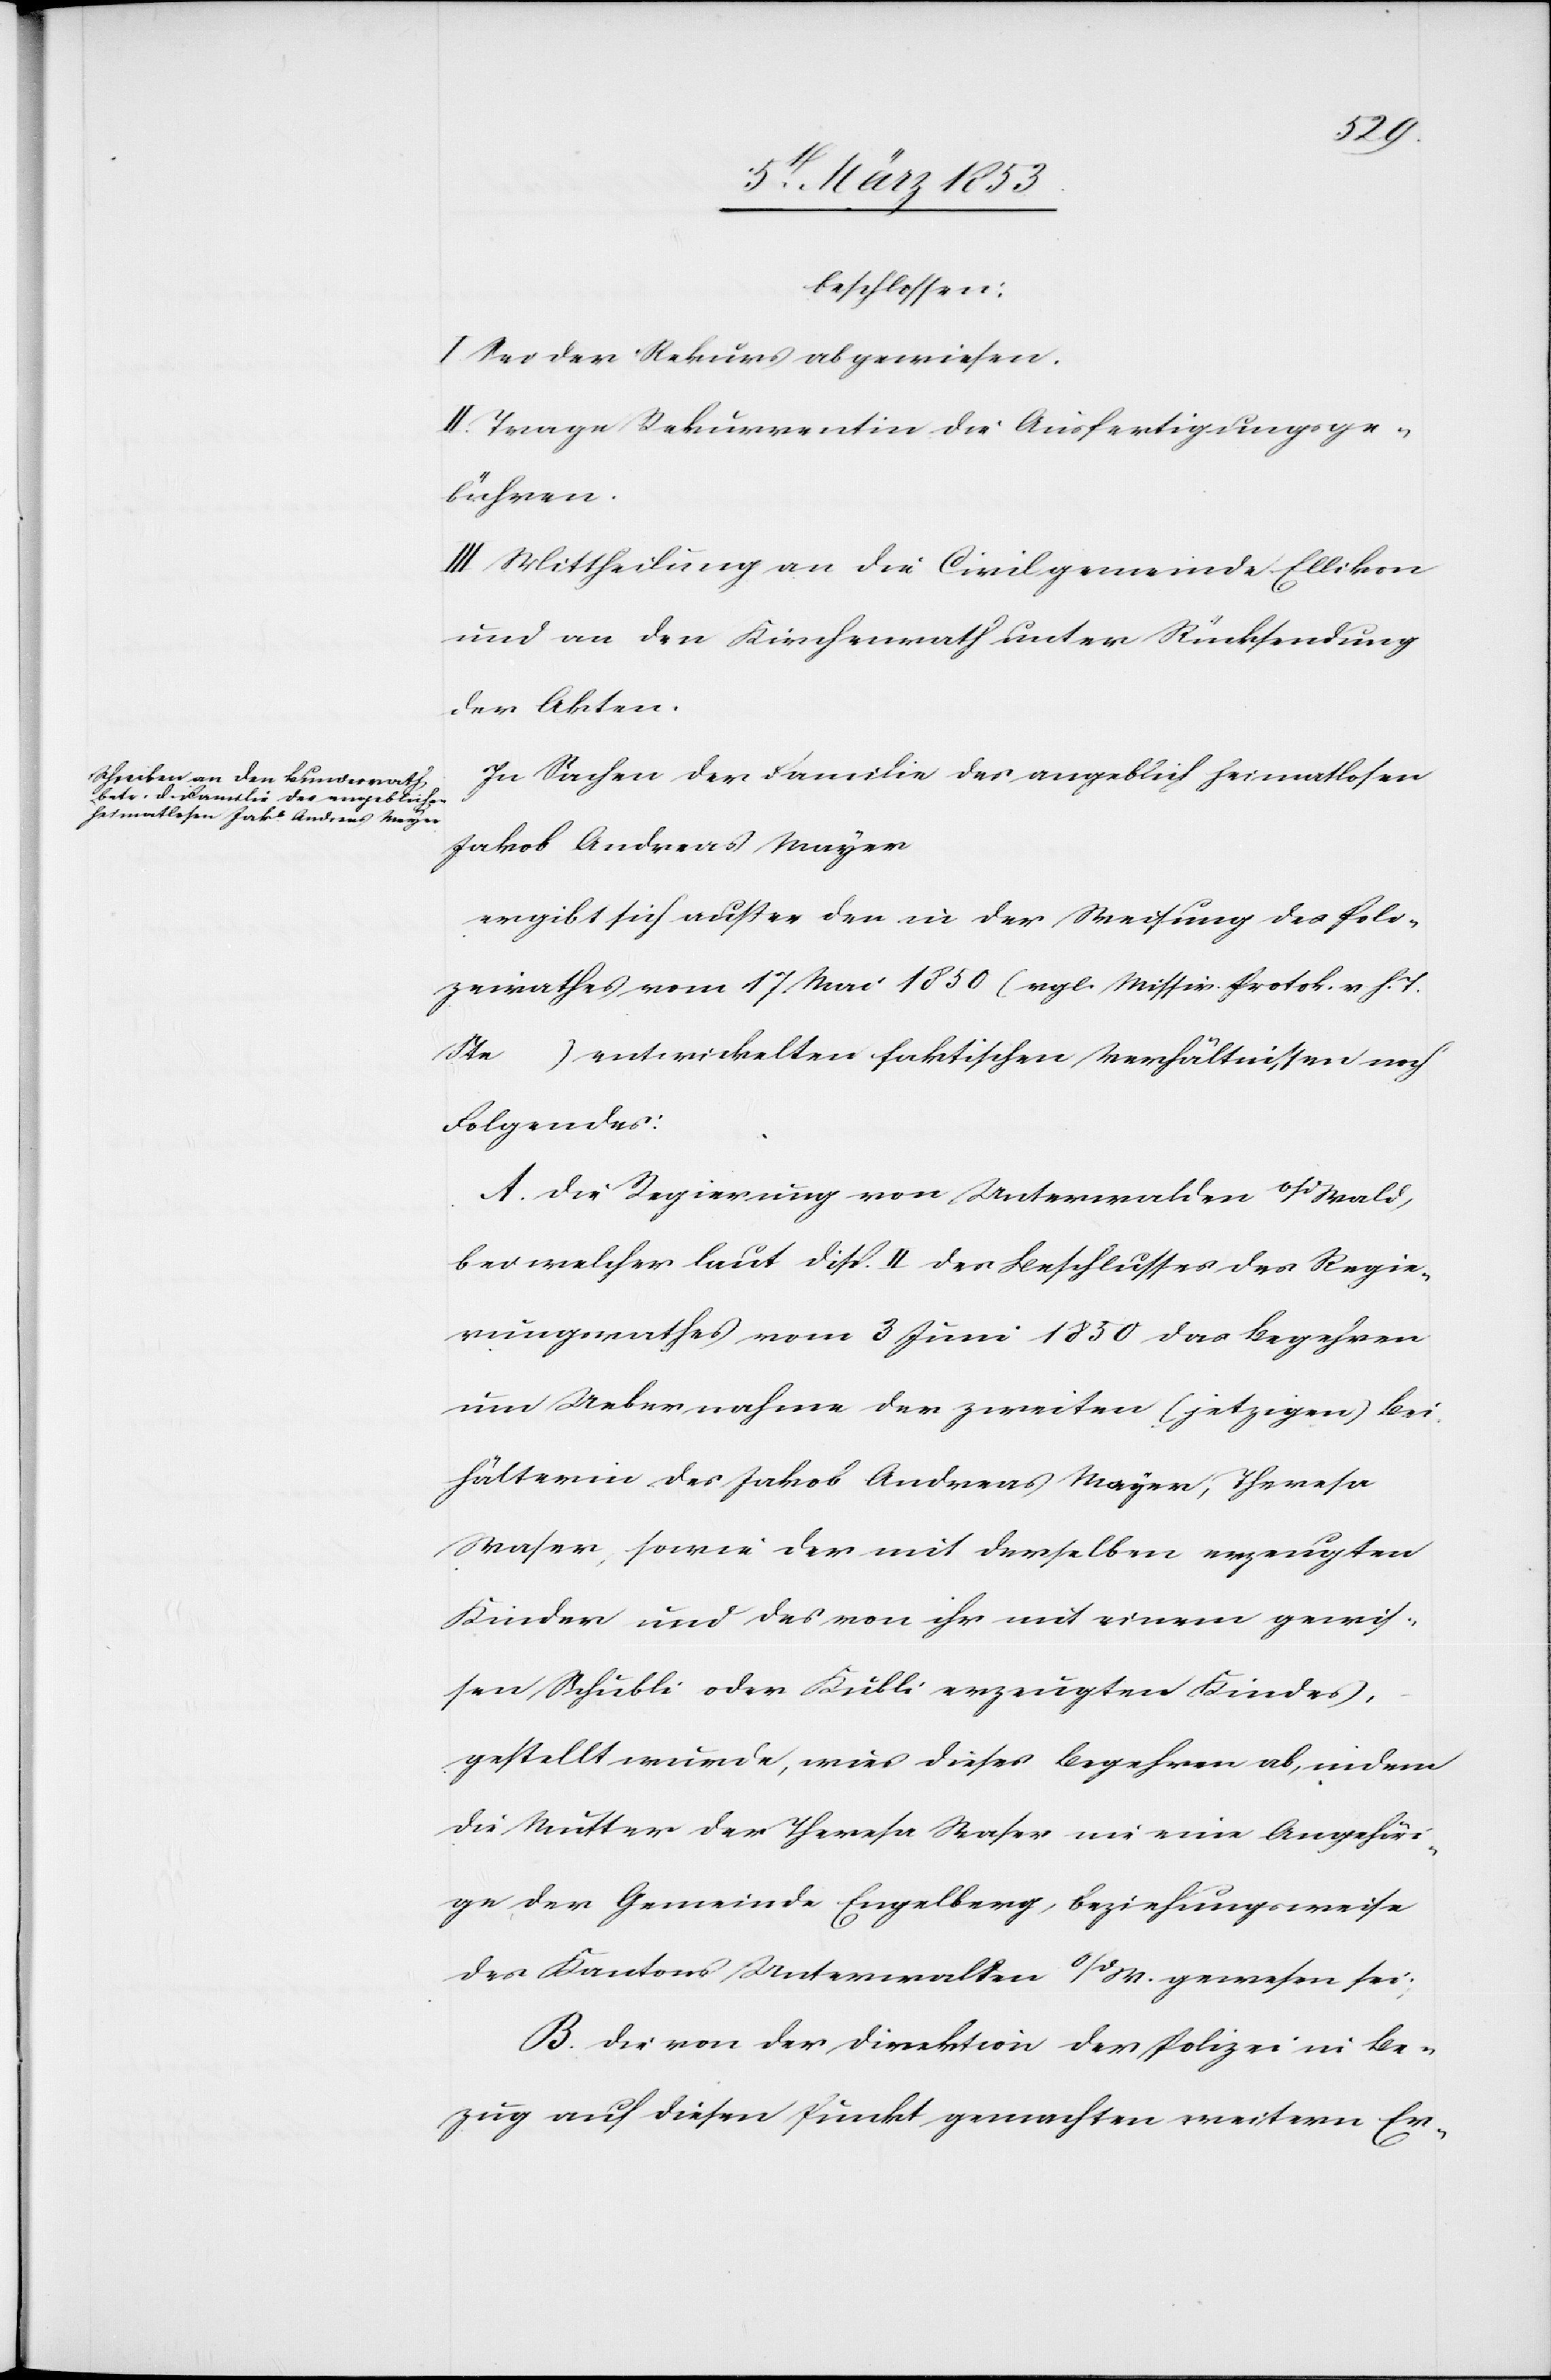
beschlossen:
I. Sei der Rekurs abgewiesen.
II. Trage Rekurrentinn die Ausfertigungsge¬
bühren.
III. Mittheilung an die Civilgemeinde Ellikon
und an den Kirchenrath unter Rücksendung
der Akten.
In Sachen der Familie des angeblich heimatlosenn
Jakob Andreas Mayer.
ergibt sich außer der in der Weisung des Poli¬
zeirathes vom 17 Mai 1850 (vgl. Missiv. Protok. v. h. T.
Ste [sic!]…) entwickelten faktischen Verhältnissen noch
Folgendes:
Die Regierung von Unterwalden o/d Wald,
bei welcher laut disp. II. des Beschlusses des Regie¬
rungsrathes vom 3 Juni 1850 das Begehren
um Uebernahme der zweiten (jetzigen) Bei¬
hälterinn des Jakob Andreas Mayer, Theresa
Waser, sowie der mit derselben erzeugten
Kinder und des von ihr mit einem gewis¬
sen Schübli oder Kübli erzeugten Kindes,
gestellt wurde, wies dieses Begehren ab, indem
die Mutter der Theresa Waser nie eine Angehör¬
ige der Gemeinde Engelberg, beziehungsweise
des Kantons Unterwalden o/d W. gewesen sei.
Die von der Direktion der Polizei in Be¬
zug auf diesen Punkt gemachten weitern Er-